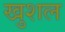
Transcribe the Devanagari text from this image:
खुशल